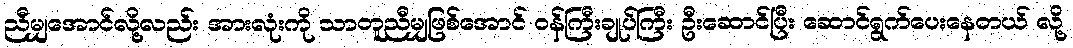
ညီမျှအောင်လို့လည်း အားလုံးကို သာတူညီမျှဖြစ်အောင် ဝန်ကြီးချုပ်ကြီး ဦးဆောင်ပြီး ဆောင်ရွက်ပေးနေတယ် လို့